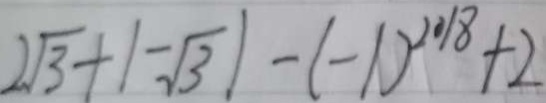
2 \sqrt { 3 } + \vert - \sqrt { 3 } \vert - ( - 1 ) ^ { 2 0 1 8 } + 2